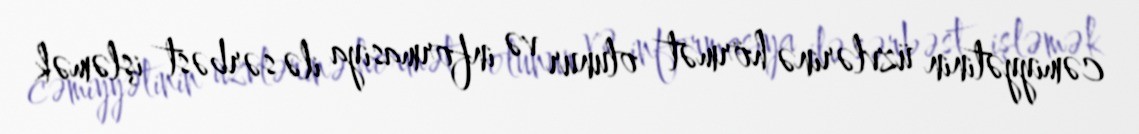
cəmiyyətinin üzvlərinə hörmət olunur və informasiya ilə sərbəst işləmək